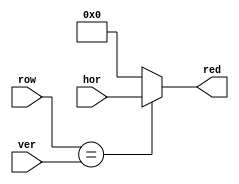
module 	mix(ver, hor, row, red);
	input		[7:0]ver, hor, row;
	output 	[7:0]red;

	assign 	red = (row == ver) ? hor : 8'b0;

endmodule